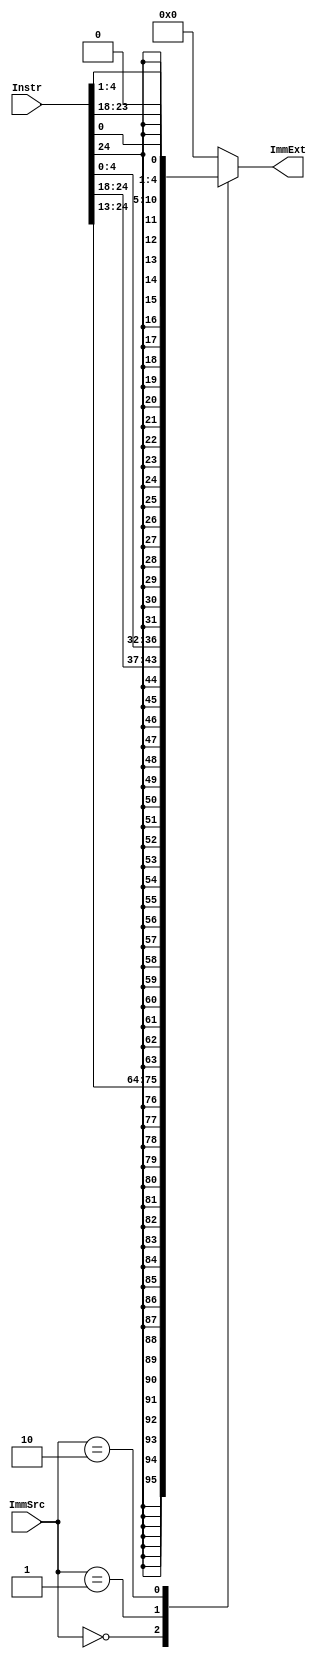
module Sign_Extend (
    /*The complete instruction*/
    input [31:7]Instr,

    /*Control signal*/
    input [1:0]ImmSrc,

    /*Extended result*/
    output reg [31:0]ImmExt 
);
    always @(*) begin
        case (ImmSrc)
            /*I-Type*/
            2'b00:ImmExt={{20{Instr[31]}},Instr[31:20]};
            /*R-Type*/
            2'b01:ImmExt={{20{Instr[31]}},Instr[31:25],Instr[11:7]};
            /*B-Type*/
            2'b10:ImmExt={{20{Instr[31]}},Instr[7],Instr[30:25],Instr[11:8],1'b0}; 
            default: ImmExt=0;
        endcase
    end
endmodule